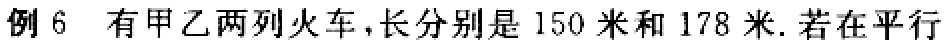
例 6 有甲乙两列火车，长分别是 150 米和 178 米. 若在平行